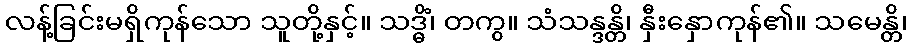
လန့်ခြင်းမရှိကုန်သော သူတို့နှင့်။ သဒ္ဓိံ၊ တကွ။ သံသန္ဒန္တိ၊ နှီးနှောကုန်၏။ သမေန္တိ၊